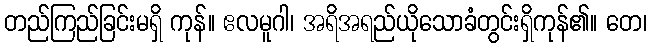
တည်ကြည်ခြင်းမရှိ ကုန်။ ဧလမူဂါ၊ အရိအရည်ယိုသောခံတွင်းရှိကုန်၏။ တေ၊